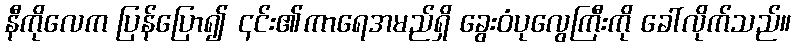
နီကိုလေက ပြန်ပြော၍ ၎င်း၏ကာရေအမည်ရှိ ခွေးဝံပုလွေကြီးကို ခေါ်လိုက်သည်။